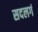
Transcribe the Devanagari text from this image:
सदलगं